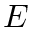
E